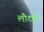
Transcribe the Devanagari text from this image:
लौटाई।